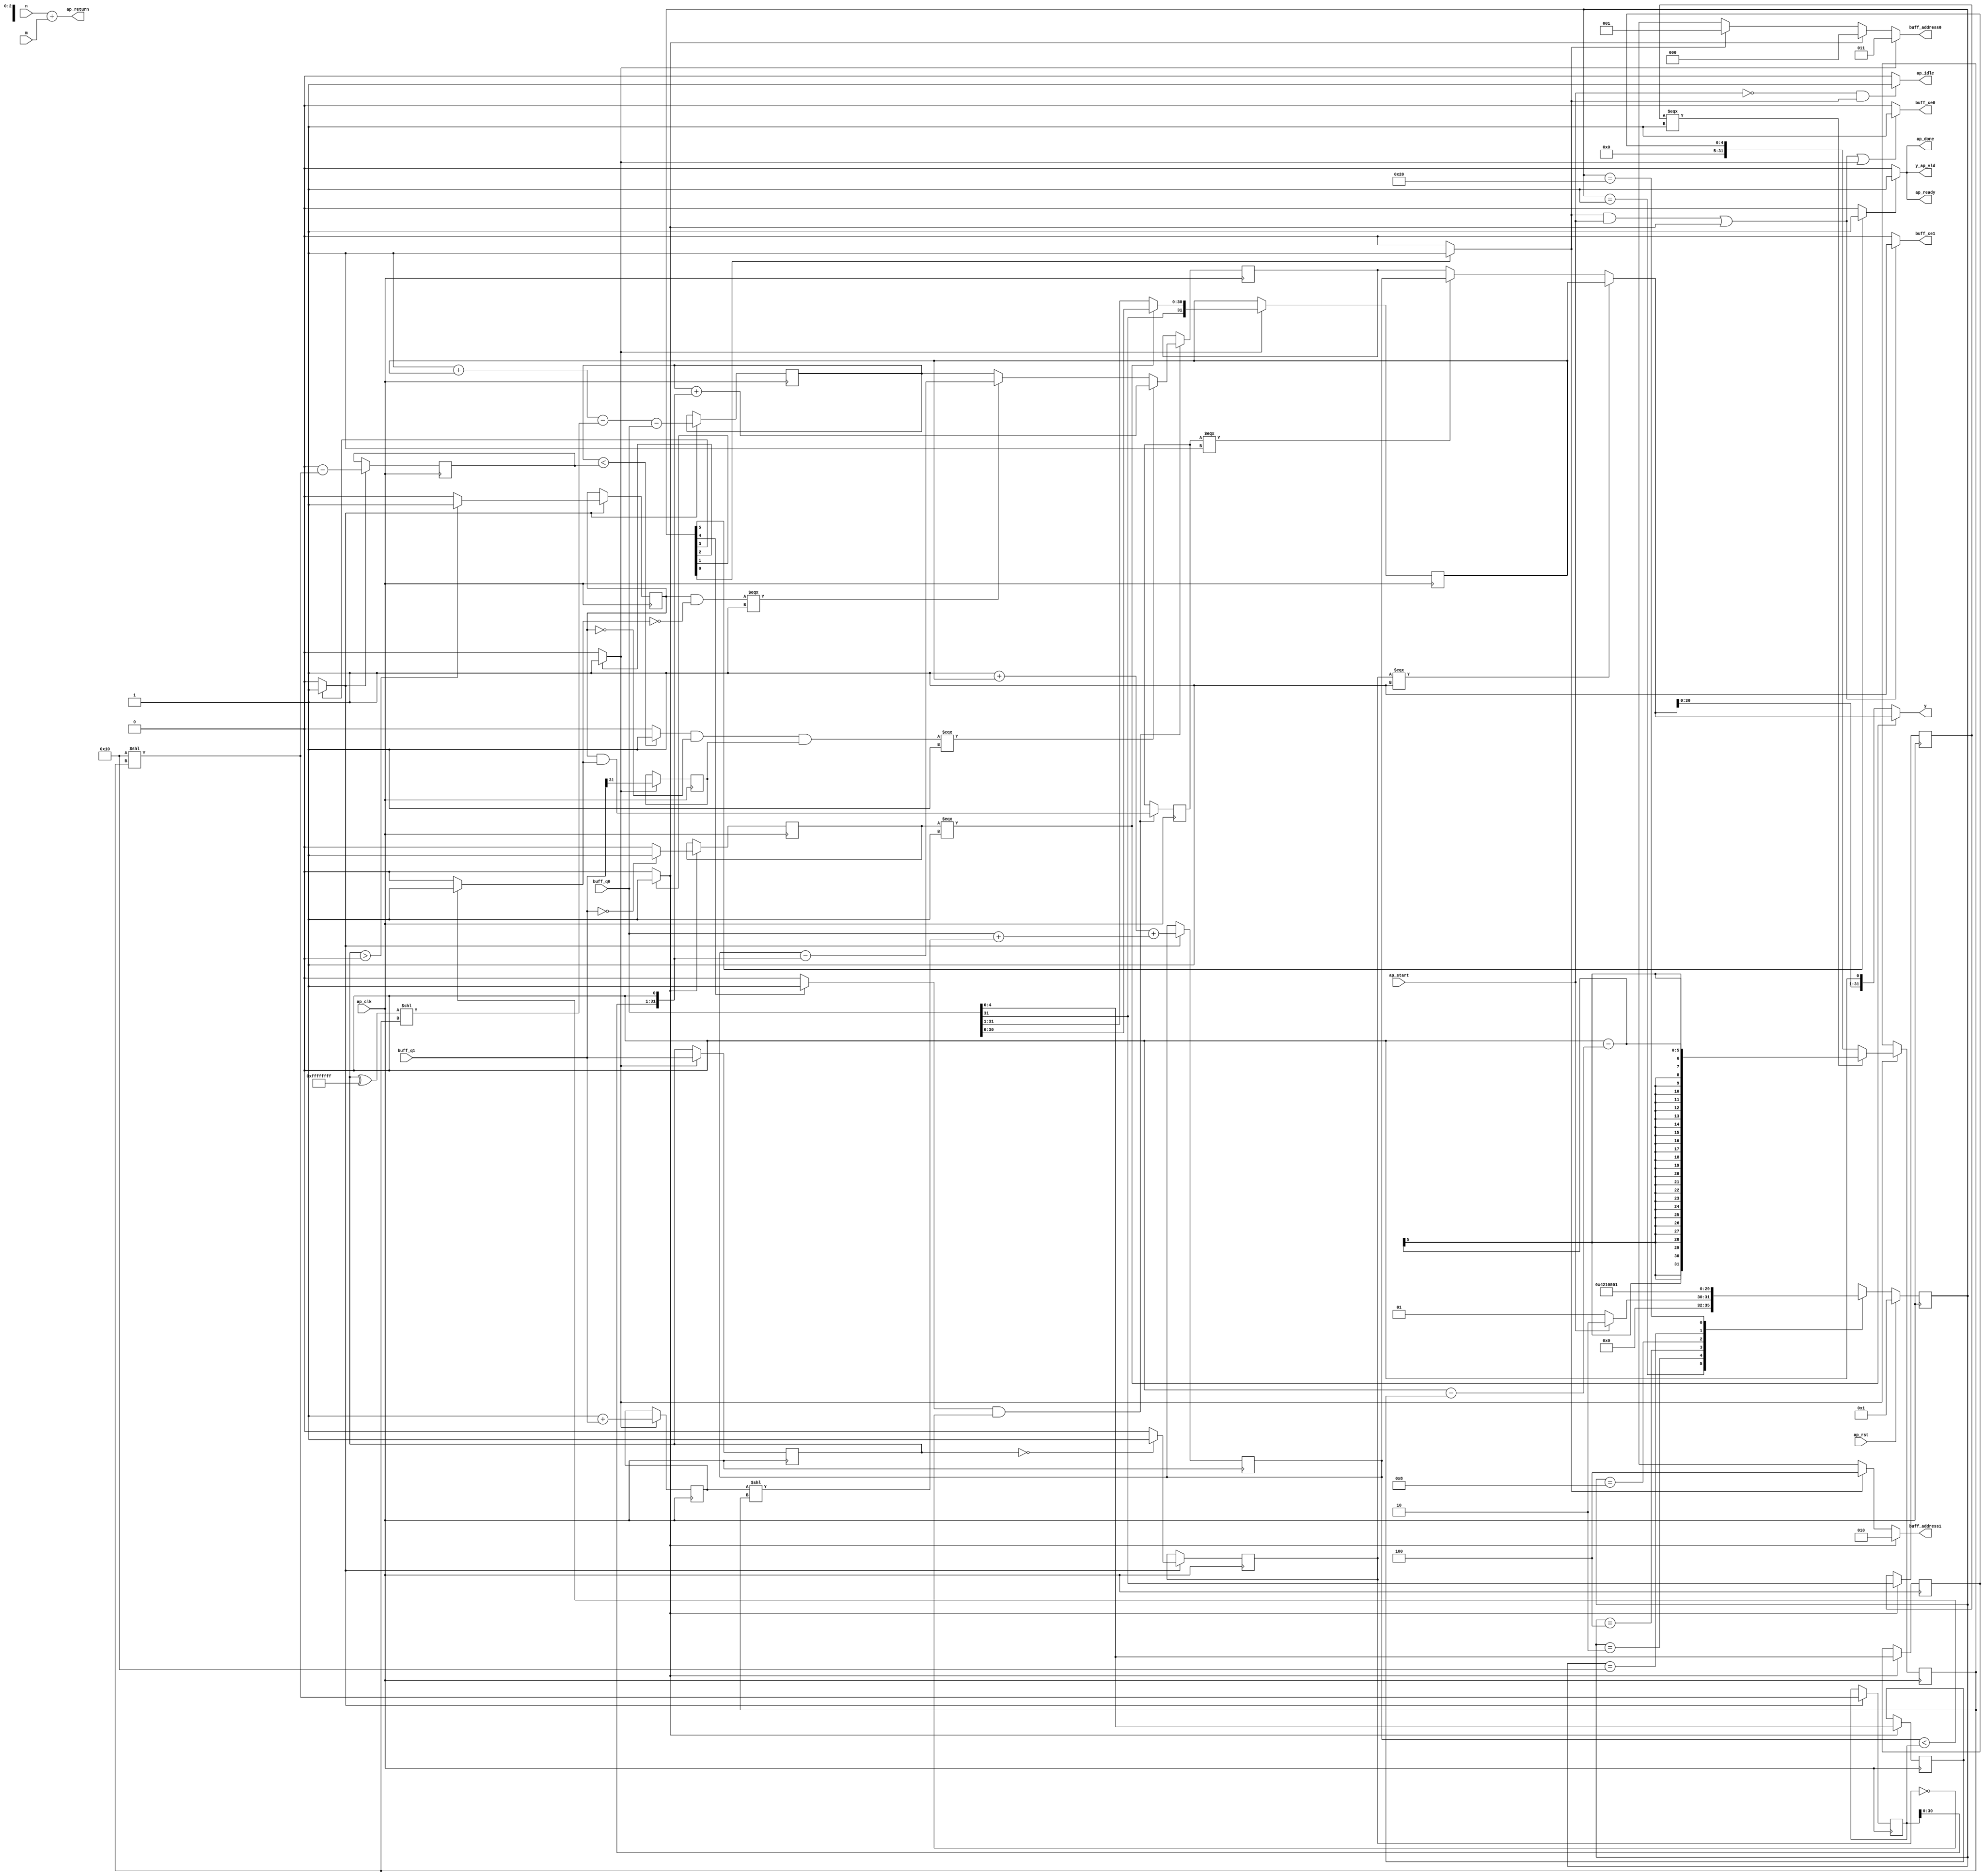
// ==============================================================
// RTL generated by Vivado(TM) HLS - High-Level Synthesis from C, C++ and SystemC
// Version: 2015.4
// Copyright (C) 2015 Xilinx Inc. All rights reserved.
// 
// ===========================================================

`timescale 1 ns / 1 ps 

(* CORE_GENERATION_INFO="decode_motion_vector,hls_ip_2015_4,{HLS_INPUT_TYPE=c,HLS_INPUT_FLOAT=0,HLS_INPUT_FIXED=0,HLS_INPUT_PART=xc7z020clg484-1,HLS_INPUT_CLOCK=10.000000,HLS_INPUT_ARCH=others,HLS_SYN_CLOCK=8.113500,HLS_SYN_LAT=5,HLS_SYN_TPT=none,HLS_SYN_MEM=0,HLS_SYN_DSP=0,HLS_SYN_FF=310,HLS_SYN_LUT=927}" *)

module decode_motion_vector (
        ap_clk,
        ap_rst,
        ap_start,
        ap_done,
        ap_idle,
        ap_ready,
        buff_address0,
        buff_ce0,
        buff_q0,
        buff_address1,
        buff_ce1,
        buff_q1,
        m,
        y,
        y_ap_vld,
        n,
        ap_return
);

parameter    ap_const_logic_1 = 1'b1;
parameter    ap_const_logic_0 = 1'b0;
parameter    ap_ST_st1_fsm_0 = 6'b1;
parameter    ap_ST_st2_fsm_1 = 6'b10;
parameter    ap_ST_st3_fsm_2 = 6'b100;
parameter    ap_ST_st4_fsm_3 = 6'b1000;
parameter    ap_ST_st5_fsm_4 = 6'b10000;
parameter    ap_ST_st6_fsm_5 = 6'b100000;
parameter    ap_const_lv32_0 = 32'b00000000000000000000000000000000;
parameter    ap_const_lv1_1 = 1'b1;
parameter    ap_const_lv32_1 = 32'b1;
parameter    ap_const_lv32_2 = 32'b10;
parameter    ap_const_lv32_3 = 32'b11;
parameter    ap_const_lv32_4 = 32'b100;
parameter    ap_const_lv1_0 = 1'b0;
parameter    ap_const_lv64_1 = 64'b1;
parameter    ap_const_lv64_4 = 64'b100;
parameter    ap_const_lv64_0 = 64'b0000000000000000000000000000000000000000000000000000000000000000;
parameter    ap_const_lv64_2 = 64'b10;
parameter    ap_const_lv64_3 = 64'b11;
parameter    ap_const_lv32_5 = 32'b101;
parameter    ap_const_lv32_1F = 32'b11111;
parameter    ap_const_lv27_0 = 27'b000000000000000000000000000;
parameter    ap_const_lv5_0 = 5'b00000;
parameter    ap_const_lv32_FFFFFFFF = 32'b11111111111111111111111111111111;
parameter    ap_const_lv32_10 = 32'b10000;
parameter    ap_true = 1'b1;

input   ap_clk;
input   ap_rst;
input   ap_start;
output   ap_done;
output   ap_idle;
output   ap_ready;
output  [2:0] buff_address0;
output   buff_ce0;
input  [31:0] buff_q0;
output  [2:0] buff_address1;
output   buff_ce1;
input  [31:0] buff_q1;
input  [31:0] m;
output  [31:0] y;
output   y_ap_vld;
input  [31:0] n;
output  [31:0] ap_return;

reg ap_done;
reg ap_idle;
reg ap_ready;
reg[2:0] buff_address0;
reg buff_ce0;
reg[2:0] buff_address1;
reg buff_ce1;
reg y_ap_vld;
(* fsm_encoding = "none" *) reg   [5:0] ap_CS_fsm = 6'b1;
reg    ap_sig_cseq_ST_st1_fsm_0;
reg    ap_sig_bdd_22;
reg    ap_sig_cseq_ST_st2_fsm_1;
reg    ap_sig_bdd_57;
reg   [0:0] tmp_2_reg_396;
wire   [4:0] tmp_6_fu_129_p1;
reg   [4:0] tmp_6_reg_401;
wire   [4:0] tmp_13_fu_133_p1;
reg   [4:0] tmp_13_reg_406;
wire   [0:0] tmp_fu_137_p2;
reg   [0:0] tmp_reg_411;
wire   [31:0] r_size_fu_169_p3;
reg   [31:0] r_size_reg_422;
reg    ap_sig_cseq_ST_st3_fsm_2;
reg    ap_sig_bdd_76;
wire   [31:0] vec_fu_190_p3;
reg   [31:0] vec_reg_429;
reg   [31:0] buff_load_3_reg_436;
wire   [31:0] tmp_4_fu_197_p2;
reg   [31:0] tmp_4_reg_443;
reg   [0:0] tmp_17_reg_453;
wire   [31:0] lim_fu_211_p2;
reg   [31:0] lim_reg_458;
reg    ap_sig_cseq_ST_st4_fsm_3;
reg    ap_sig_bdd_94;
wire   [0:0] tmp_3_fu_216_p2;
reg   [0:0] tmp_3_reg_464;
wire   [31:0] vec_1_fu_236_p2;
reg   [31:0] vec_1_reg_471;
wire   [31:0] vec_4_fu_263_p2;
reg   [31:0] vec_4_reg_478;
wire   [31:0] tmp_10_fu_269_p2;
reg   [31:0] tmp_10_reg_485;
wire   [0:0] sel_tmp2_fu_275_p2;
reg   [0:0] sel_tmp2_reg_490;
wire   [31:0] vec_7_fu_337_p3;
reg   [31:0] vec_7_reg_495;
reg    ap_sig_cseq_ST_st5_fsm_4;
reg    ap_sig_bdd_113;
wire   [0:0] sel_tmp7_fu_345_p2;
reg   [0:0] sel_tmp7_reg_500;
reg    ap_sig_cseq_ST_st6_fsm_5;
reg    ap_sig_bdd_131;
wire   [4:0] tmp_16_fu_150_p2;
wire   [31:0] p_and_t_fu_155_p3;
wire   [31:0] p_neg_t_fu_163_p2;
wire   [31:0] p_and_f_fu_143_p3;
wire   [30:0] tmp_7_fu_176_p4;
wire  signed [31:0] tmp_1_fu_186_p1;
wire   [31:0] tmp_5_fu_221_p2;
wire   [31:0] tmp2_fu_231_p2;
wire   [31:0] tmp1_fu_225_p2;
wire   [31:0] tmp_8_fu_242_p2;
wire   [31:0] p_neg2_fu_252_p2;
wire   [31:0] tmp_s_fu_247_p2;
wire   [31:0] p_neg3_fu_257_p2;
wire   [31:0] tmp_18_fu_284_p2;
wire   [0:0] tmp_9_fu_280_p2;
wire   [0:0] sel_tmp_fu_303_p2;
wire   [0:0] sel_tmp1_fu_309_p2;
wire   [31:0] vec_2_fu_289_p2;
wire   [0:0] tmp_11_fu_294_p2;
wire   [0:0] sel_tmp3_fu_321_p2;
wire   [0:0] tmp3_fu_326_p2;
wire   [0:0] sel_tmp5_fu_332_p2;
wire   [31:0] vec_5_fu_298_p2;
wire   [31:0] vec_6_fu_314_p3;
wire   [31:0] vec_8_fu_350_p3;
wire   [31:0] vec_3_fu_355_p3;
wire   [31:0] tmp_19_fu_361_p2;
reg   [5:0] ap_NS_fsm;




always @ (posedge ap_clk) begin : ap_ret_ap_CS_fsm
    if (ap_rst == 1'b1) begin
        ap_CS_fsm <= ap_ST_st1_fsm_0;
    end else begin
        ap_CS_fsm <= ap_NS_fsm;
    end
end

always @ (posedge ap_clk) begin
    if ((ap_const_logic_1 == ap_sig_cseq_ST_st3_fsm_2)) begin
        buff_load_3_reg_436 <= buff_q1;
        r_size_reg_422 <= r_size_fu_169_p3;
        tmp_17_reg_453 <= buff_q1[ap_const_lv32_1F];
        tmp_4_reg_443 <= tmp_4_fu_197_p2;
        vec_reg_429 <= vec_fu_190_p3;
    end
end

always @ (posedge ap_clk) begin
    if ((ap_const_logic_1 == ap_sig_cseq_ST_st4_fsm_3)) begin
        lim_reg_458 <= lim_fu_211_p2;
        sel_tmp2_reg_490 <= sel_tmp2_fu_275_p2;
        tmp_10_reg_485 <= tmp_10_fu_269_p2;
        tmp_3_reg_464 <= tmp_3_fu_216_p2;
        vec_1_reg_471 <= vec_1_fu_236_p2;
        vec_4_reg_478 <= vec_4_fu_263_p2;
    end
end

always @ (posedge ap_clk) begin
    if (((ap_const_logic_1 == ap_sig_cseq_ST_st5_fsm_4) & (sel_tmp2_reg_490 == ap_const_lv1_0))) begin
        sel_tmp7_reg_500 <= sel_tmp7_fu_345_p2;
        vec_7_reg_495 <= vec_7_fu_337_p3;
    end
end

always @ (posedge ap_clk) begin
    if ((ap_const_logic_1 == ap_sig_cseq_ST_st2_fsm_1)) begin
        tmp_13_reg_406 <= tmp_13_fu_133_p1;
        tmp_2_reg_396 <= buff_q0[ap_const_lv32_1F];
        tmp_6_reg_401 <= tmp_6_fu_129_p1;
        tmp_reg_411 <= tmp_fu_137_p2;
    end
end

always @ (ap_sig_cseq_ST_st6_fsm_5) begin
    if ((ap_const_logic_1 == ap_sig_cseq_ST_st6_fsm_5)) begin
        ap_done = ap_const_logic_1;
    end else begin
        ap_done = ap_const_logic_0;
    end
end

always @ (ap_start or ap_sig_cseq_ST_st1_fsm_0) begin
    if ((~(ap_const_logic_1 == ap_start) & (ap_const_logic_1 == ap_sig_cseq_ST_st1_fsm_0))) begin
        ap_idle = ap_const_logic_1;
    end else begin
        ap_idle = ap_const_logic_0;
    end
end

always @ (ap_sig_cseq_ST_st6_fsm_5) begin
    if ((ap_const_logic_1 == ap_sig_cseq_ST_st6_fsm_5)) begin
        ap_ready = ap_const_logic_1;
    end else begin
        ap_ready = ap_const_logic_0;
    end
end

always @ (ap_sig_bdd_22) begin
    if (ap_sig_bdd_22) begin
        ap_sig_cseq_ST_st1_fsm_0 = ap_const_logic_1;
    end else begin
        ap_sig_cseq_ST_st1_fsm_0 = ap_const_logic_0;
    end
end

always @ (ap_sig_bdd_57) begin
    if (ap_sig_bdd_57) begin
        ap_sig_cseq_ST_st2_fsm_1 = ap_const_logic_1;
    end else begin
        ap_sig_cseq_ST_st2_fsm_1 = ap_const_logic_0;
    end
end

always @ (ap_sig_bdd_76) begin
    if (ap_sig_bdd_76) begin
        ap_sig_cseq_ST_st3_fsm_2 = ap_const_logic_1;
    end else begin
        ap_sig_cseq_ST_st3_fsm_2 = ap_const_logic_0;
    end
end

always @ (ap_sig_bdd_94) begin
    if (ap_sig_bdd_94) begin
        ap_sig_cseq_ST_st4_fsm_3 = ap_const_logic_1;
    end else begin
        ap_sig_cseq_ST_st4_fsm_3 = ap_const_logic_0;
    end
end

always @ (ap_sig_bdd_113) begin
    if (ap_sig_bdd_113) begin
        ap_sig_cseq_ST_st5_fsm_4 = ap_const_logic_1;
    end else begin
        ap_sig_cseq_ST_st5_fsm_4 = ap_const_logic_0;
    end
end

always @ (ap_sig_bdd_131) begin
    if (ap_sig_bdd_131) begin
        ap_sig_cseq_ST_st6_fsm_5 = ap_const_logic_1;
    end else begin
        ap_sig_cseq_ST_st6_fsm_5 = ap_const_logic_0;
    end
end

always @ (ap_sig_cseq_ST_st1_fsm_0 or ap_sig_cseq_ST_st2_fsm_1 or ap_sig_cseq_ST_st3_fsm_2) begin
    if ((ap_const_logic_1 == ap_sig_cseq_ST_st3_fsm_2)) begin
        buff_address0 = ap_const_lv64_3;
    end else if ((ap_const_logic_1 == ap_sig_cseq_ST_st2_fsm_1)) begin
        buff_address0 = ap_const_lv64_0;
    end else if ((ap_const_logic_1 == ap_sig_cseq_ST_st1_fsm_0)) begin
        buff_address0 = ap_const_lv64_1;
    end else begin
        buff_address0 = 'bx;
    end
end

always @ (ap_sig_cseq_ST_st1_fsm_0 or ap_sig_cseq_ST_st2_fsm_1) begin
    if ((ap_const_logic_1 == ap_sig_cseq_ST_st2_fsm_1)) begin
        buff_address1 = ap_const_lv64_2;
    end else if ((ap_const_logic_1 == ap_sig_cseq_ST_st1_fsm_0)) begin
        buff_address1 = ap_const_lv64_4;
    end else begin
        buff_address1 = 'bx;
    end
end

always @ (ap_start or ap_sig_cseq_ST_st1_fsm_0 or ap_sig_cseq_ST_st2_fsm_1 or ap_sig_cseq_ST_st3_fsm_2) begin
    if ((((ap_const_logic_1 == ap_sig_cseq_ST_st1_fsm_0) & ~(ap_start == ap_const_logic_0)) | (ap_const_logic_1 == ap_sig_cseq_ST_st2_fsm_1) | (ap_const_logic_1 == ap_sig_cseq_ST_st3_fsm_2))) begin
        buff_ce0 = ap_const_logic_1;
    end else begin
        buff_ce0 = ap_const_logic_0;
    end
end

always @ (ap_start or ap_sig_cseq_ST_st1_fsm_0 or ap_sig_cseq_ST_st2_fsm_1) begin
    if ((((ap_const_logic_1 == ap_sig_cseq_ST_st1_fsm_0) & ~(ap_start == ap_const_logic_0)) | (ap_const_logic_1 == ap_sig_cseq_ST_st2_fsm_1))) begin
        buff_ce1 = ap_const_logic_1;
    end else begin
        buff_ce1 = ap_const_logic_0;
    end
end

always @ (ap_sig_cseq_ST_st6_fsm_5) begin
    if ((ap_const_logic_1 == ap_sig_cseq_ST_st6_fsm_5)) begin
        y_ap_vld = ap_const_logic_1;
    end else begin
        y_ap_vld = ap_const_logic_0;
    end
end
always @ (ap_start or ap_CS_fsm) begin
    case (ap_CS_fsm)
        ap_ST_st1_fsm_0 : 
        begin
            if (~(ap_start == ap_const_logic_0)) begin
                ap_NS_fsm = ap_ST_st2_fsm_1;
            end else begin
                ap_NS_fsm = ap_ST_st1_fsm_0;
            end
        end
        ap_ST_st2_fsm_1 : 
        begin
            ap_NS_fsm = ap_ST_st3_fsm_2;
        end
        ap_ST_st3_fsm_2 : 
        begin
            ap_NS_fsm = ap_ST_st4_fsm_3;
        end
        ap_ST_st4_fsm_3 : 
        begin
            ap_NS_fsm = ap_ST_st5_fsm_4;
        end
        ap_ST_st5_fsm_4 : 
        begin
            ap_NS_fsm = ap_ST_st6_fsm_5;
        end
        ap_ST_st6_fsm_5 : 
        begin
            ap_NS_fsm = ap_ST_st1_fsm_0;
        end
        default : 
        begin
            ap_NS_fsm = 'bx;
        end
    endcase
end


assign ap_return = (n + m);


always @ (ap_CS_fsm) begin
    ap_sig_bdd_113 = (ap_const_lv1_1 == ap_CS_fsm[ap_const_lv32_4]);
end


always @ (ap_CS_fsm) begin
    ap_sig_bdd_131 = (ap_const_lv1_1 == ap_CS_fsm[ap_const_lv32_5]);
end


always @ (ap_CS_fsm) begin
    ap_sig_bdd_22 = (ap_CS_fsm[ap_const_lv32_0] == ap_const_lv1_1);
end


always @ (ap_CS_fsm) begin
    ap_sig_bdd_57 = (ap_const_lv1_1 == ap_CS_fsm[ap_const_lv32_1]);
end


always @ (ap_CS_fsm) begin
    ap_sig_bdd_76 = (ap_const_lv1_1 == ap_CS_fsm[ap_const_lv32_2]);
end


always @ (ap_CS_fsm) begin
    ap_sig_bdd_94 = (ap_const_lv1_1 == ap_CS_fsm[ap_const_lv32_3]);
end

assign lim_fu_211_p2 = ap_const_lv32_10 << r_size_reg_422;

assign p_and_f_fu_143_p3 = {{ap_const_lv27_0}, {tmp_6_reg_401}};

assign p_and_t_fu_155_p3 = {{ap_const_lv27_0}, {tmp_16_fu_150_p2}};

assign p_neg2_fu_252_p2 = ($signed(ap_const_lv32_FFFFFFFF) + $signed(vec_reg_429));

assign p_neg3_fu_257_p2 = (p_neg2_fu_252_p2 - tmp_s_fu_247_p2);

assign p_neg_t_fu_163_p2 = (ap_const_lv32_0 - p_and_t_fu_155_p3);

assign r_size_fu_169_p3 = ((tmp_2_reg_396[0:0] === 1'b1) ? p_neg_t_fu_163_p2 : p_and_f_fu_143_p3);

assign sel_tmp1_fu_309_p2 = (tmp_3_reg_464 & sel_tmp_fu_303_p2);

assign sel_tmp2_fu_275_p2 = (buff_load_3_reg_436 == ap_const_lv32_0? 1'b1: 1'b0);

assign sel_tmp3_fu_321_p2 = (tmp_3_reg_464 ^ ap_const_lv1_1);

assign sel_tmp5_fu_332_p2 = (tmp3_fu_326_p2 & tmp_17_reg_453);

assign sel_tmp7_fu_345_p2 = (tmp_3_reg_464 & tmp_9_fu_280_p2);

assign sel_tmp_fu_303_p2 = (tmp_9_fu_280_p2 ^ ap_const_lv1_1);

assign tmp1_fu_225_p2 = (buff_q0 + tmp_5_fu_221_p2);

assign tmp2_fu_231_p2 = (ap_const_lv32_1 + vec_reg_429);

assign tmp3_fu_326_p2 = (tmp_11_fu_294_p2 & sel_tmp3_fu_321_p2);

assign tmp_10_fu_269_p2 = (ap_const_lv32_0 - lim_fu_211_p2);

assign tmp_11_fu_294_p2 = ($signed(vec_4_reg_478) < $signed(tmp_10_reg_485)? 1'b1: 1'b0);

assign tmp_13_fu_133_p1 = buff_q0[4:0];

assign tmp_16_fu_150_p2 = (ap_const_lv5_0 - tmp_13_reg_406);

assign tmp_18_fu_284_p2 = lim_reg_458 << ap_const_lv32_1;

assign tmp_19_fu_361_p2 = vec_3_fu_355_p3 << ap_const_lv32_1;

assign tmp_1_fu_186_p1 = $signed(tmp_7_fu_176_p4);

assign tmp_3_fu_216_p2 = ($signed(buff_load_3_reg_436) > $signed(32'b00000000000000000000000000000000)? 1'b1: 1'b0);

assign tmp_4_fu_197_p2 = ($signed(ap_const_lv32_FFFFFFFF) + $signed(buff_q1));

assign tmp_5_fu_221_p2 = tmp_4_reg_443 << r_size_reg_422;

assign tmp_6_fu_129_p1 = buff_q0[4:0];

assign tmp_7_fu_176_p4 = {{buff_q0[ap_const_lv32_1F : ap_const_lv32_1]}};

assign tmp_8_fu_242_p2 = (buff_load_3_reg_436 ^ ap_const_lv32_FFFFFFFF);

assign tmp_9_fu_280_p2 = ($signed(vec_1_reg_471) < $signed(lim_reg_458)? 1'b1: 1'b0);

assign tmp_fu_137_p2 = (buff_q1 == ap_const_lv32_0? 1'b1: 1'b0);

assign tmp_s_fu_247_p2 = tmp_8_fu_242_p2 << r_size_reg_422;

assign vec_1_fu_236_p2 = (tmp2_fu_231_p2 + tmp1_fu_225_p2);

assign vec_2_fu_289_p2 = (vec_1_reg_471 - tmp_18_fu_284_p2);

assign vec_3_fu_355_p3 = ((sel_tmp2_reg_490[0:0] === 1'b1) ? vec_reg_429 : vec_8_fu_350_p3);

assign vec_4_fu_263_p2 = (p_neg3_fu_257_p2 - buff_q0);

assign vec_5_fu_298_p2 = (vec_4_reg_478 + tmp_18_fu_284_p2);

assign vec_6_fu_314_p3 = ((sel_tmp1_fu_309_p2[0:0] === 1'b1) ? vec_2_fu_289_p2 : vec_4_reg_478);

assign vec_7_fu_337_p3 = ((sel_tmp5_fu_332_p2[0:0] === 1'b1) ? vec_5_fu_298_p2 : vec_6_fu_314_p3);

assign vec_8_fu_350_p3 = ((sel_tmp7_reg_500[0:0] === 1'b1) ? vec_1_reg_471 : vec_7_reg_495);

assign vec_fu_190_p3 = ((tmp_reg_411[0:0] === 1'b1) ? buff_q0 : tmp_1_fu_186_p1);

assign y = ((tmp_reg_411[0:0] === 1'b1) ? vec_3_fu_355_p3 : tmp_19_fu_361_p2);


endmodule //decode_motion_vector